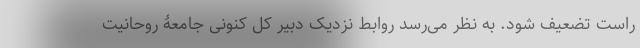
راست تضعیف شود. به نظر می‌رسد روابط نزدیک دبیر کل کنونی جامعۀ روحانیت